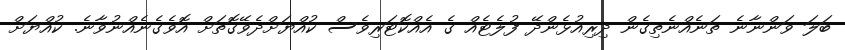
ބަލަ ވަންނާނެ ތަނެއްނެތިގެން ދިރިއުޅެންދޭ ފުލެޓެއް ގެ އެއްކޮޓަރިވެސް ކުއްޔަށްދެވޭގޮތަށް އޮވެގެނެއްނުވާނެ. ކުއްޔަށް